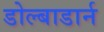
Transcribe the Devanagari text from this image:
डोल्बाडार्न